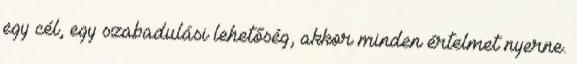
egy cél, egy szabadulási lehetőség, akkor minden értelmet nyerne.